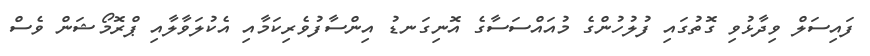
ފައިސަލް ވިދާޅުވި ގޮތުގައި ފުލުހުންގެ މުއައްސަސާގެ އޮނިގަނޑު އިންސާފުވެރިކަމާއި އެކުލަވާލާއި ޕްރޮމޯޝަން ވެސް